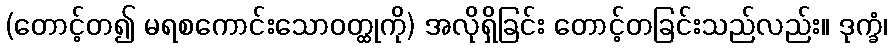
(တောင့်တ၍ မရစကောင်းသောဝတ္ထုကို) အလိုရှိခြင်း တောင့်တခြင်းသည်လည်း။ ဒုက္ခံ၊